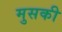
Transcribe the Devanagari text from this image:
मुसकी